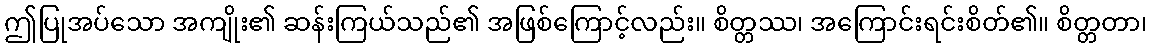
ဤပြုအပ်သော အကျိုး၏ ဆန်းကြယ်သည်၏ အဖြစ်ကြောင့်လည်း။ စိတ္တဿ၊ အကြောင်းရင်းစိတ်၏။ စိတ္တတာ၊